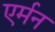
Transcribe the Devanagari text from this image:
एर्मन